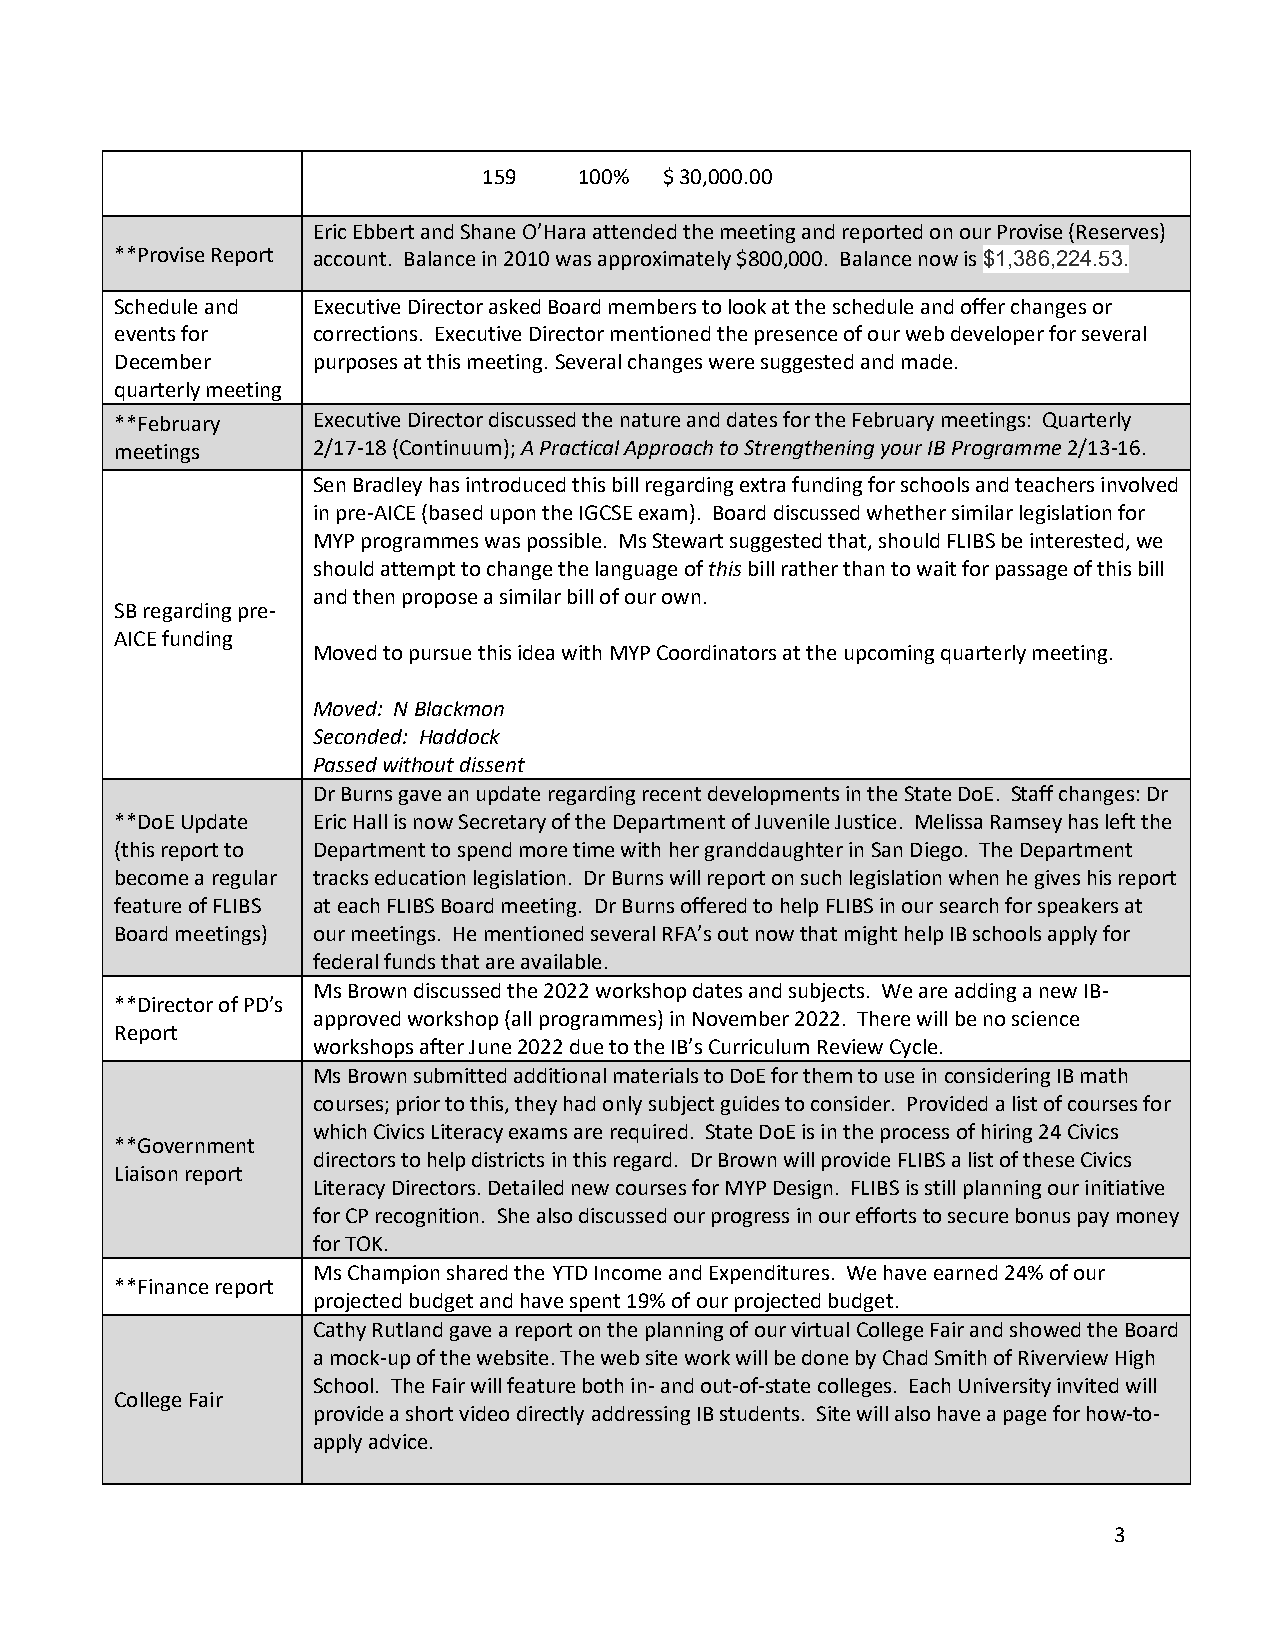
159   100%  $ 30,000.00
 Eric Ebbert and Shane O’Hara attended the meeting and reported on our Provise (Reserves)
 **Provise Report account. Balance in 2010 was approximately $800,000. Balance now is $1,386,224.53.
 Schedule and Executive Director asked Board members to look at the schedule and offer changes or
 events for   corrections. Executive Director mentioned the presence of our web developer for several
 December     purposes at this meeting. Several changes were suggested and made.
 quarterly meeting
 **February   Executive Director discussed the nature and dates for the February meetings: Quarterly
 meetings     2/17-18 (Continuum); A Practical Approach to Strengthening your IB Programme 2/13-16.
 Sen Bradley has introduced this bill regarding extra funding for schools and teachers involved
 in pre-AICE (based upon the IGCSE exam). Board discussed whether similar legislation for
 MYP programmes was possible. Ms Stewart suggested that, should FLIBS be interested, we
 should attempt to change the language of this bill rather than to wait for passage of this bill
 and then propose a similar bill of our own.
 SB regarding pre-
 AICE funding
 Moved to pursue this idea with MYP Coordinators at the upcoming quarterly meeting.
 Moved: N Blackmon
 Seconded: Haddock
 Passed without dissent
 Dr Burns gave an update regarding recent developments in the State DoE. Staff changes: Dr
 **DoE Update Eric Hall is now Secretary of the Department of Juvenile Justice. Melissa Ramsey has left the
 (this report to Department to spend more time with her granddaughter in San Diego. The Department
 become a regular tracks education legislation. Dr Burns will report on such legislation when he gives his report
 feature of FLIBS at each FLIBS Board meeting. Dr Burns offered to help FLIBS in our search for speakers at
 Board meetings) our meetings. He mentioned several RFA’s out now that might help IB schools apply for
 federal funds that are available.
 Ms Brown discussed the 2022 workshop dates and subjects. We are adding a new IB-
 **Director of PD’s
 approved workshop (all programmes) in November 2022. There will be no science
 Report
 workshops after June 2022 due to the IB’s Curriculum Review Cycle.
 Ms Brown submitted additional materials to DoE for them to use in considering IB math
 courses; prior to this, they had only subject guides to consider. Provided a list of courses for
 which Civics Literacy exams are required. State DoE is in the process of hiring 24 Civics
 **Government
 directors to help districts in this regard. Dr Brown will provide FLIBS a list of these Civics
 Liaison report
 Literacy Directors. Detailed new courses for MYP Design. FLIBS is still planning our initiative
 for CP recognition. She also discussed our progress in our efforts to secure bonus pay money
 for TOK.
 Ms Champion shared the YTD Income and Expenditures. We have earned 24% of our
 **Finance report
 projected budget and have spent 19% of our projected budget.
 Cathy Rutland gave a report on the planning of our virtual College Fair and showed the Board
 a mock-up of the website. The web site work will be done by Chad Smith of Riverview High
 School. The Fair will feature both in- and out-of-state colleges. Each University invited will
 College Fair
 provide a short video directly addressing IB students. Site will also have a page for how-to-
 apply advice.
 3